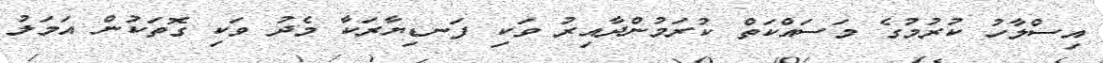
އިސްލާހު ކުރުމުގެ މަސައްކަތް ކުރަމުންދާއިރު ވަކި ފަނޑިޔާރަކާ މެދު ވަކި ގޮތަކުން އަމަލު